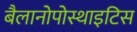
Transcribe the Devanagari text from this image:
बैलानोपोस्थाइटिस